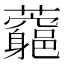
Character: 𧅉